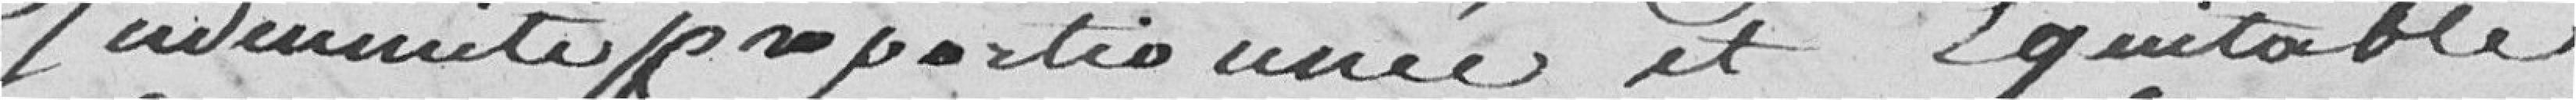
indemnité proportionnée et équitable